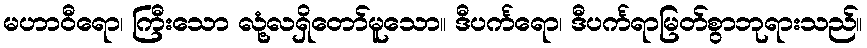
မဟာဝီရော၊ ကြီးသော လုံ့လရှိတော်မူသော။ ဒီပင်္ကရော၊ ဒီပင်္ကရာမြတ်စွာဘုရားသည်။